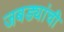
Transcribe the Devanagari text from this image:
जबड्यांची